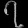
Digit: ၇